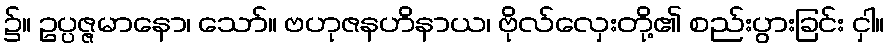
၌။ ဥပ္ပဇ္ဇမာနော၊ သော်။ ဗဟုဇနဟိနာယ၊ ဗိုလ်လှေးတို့၏ စည်းပွားခြင်း ငှါ။